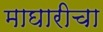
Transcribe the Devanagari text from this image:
माघारीचा